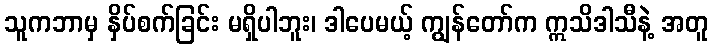
သူကဘာမှ နှိပ်စက်ခြင်း မရှိပါဘူး၊ ဒါပေမယ့် ကျွန်တော်က ဣသိဒါသီနဲ့ အတူ